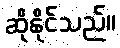
ဆိုနိုင်သည်။